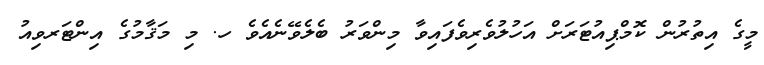
މީގެ އިތުރުން ކޮމްޕިއުޓަރަށް އަހުލުވެރިވެފައިވާ މިންވަރު ބެލެވޭނެއެވެ ހ. މި މަޤާމުގެ އިންޓަރވިއު